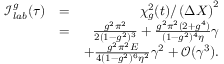
\begin{array} { r l r } { \mathscr { I } _ { l a b } ^ { g } ( \tau ) } & { = } & { \chi _ { g } ^ { 2 } ( t ) / \left( \Delta X \right) ^ { 2 } } \\ & { = } & { \frac { g ^ { 2 } \pi ^ { 2 } } { 2 ( 1 - g ^ { 2 } ) ^ { 3 } } + \frac { g ^ { 2 } \pi ^ { 2 } ( 2 + g ^ { 4 } ) } { ( 1 - g ^ { 2 } ) ^ { 4 } \eta } \gamma } \\ & { } & { + \frac { g ^ { 2 } \pi ^ { 2 } E } { 4 ( 1 - g ^ { 2 } ) ^ { 6 } \eta ^ { 2 } } \gamma ^ { 2 } + \mathcal { O } ( \gamma ^ { 3 } ) . } \end{array}